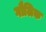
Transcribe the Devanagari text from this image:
गौलिक